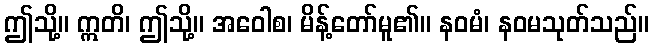
ဤသို့။ ဣတိ၊ ဤသို့။ အဝေါစ၊ မိန့်တော်မူ၏။ နဝမံ၊ နဝမသုတ်သည်။